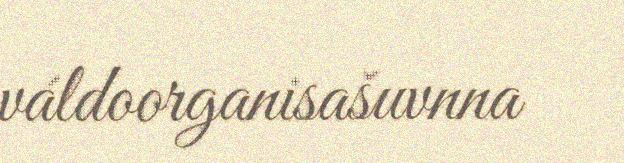
váldoorganisašuvnna